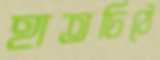
হাতচিঠে